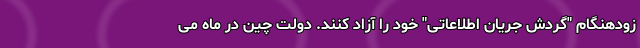
زودهنگام "گردش جریان اطلاعاتی" خود را آزاد کنند. دولت چین در ماه می